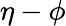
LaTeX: \eta-\phi